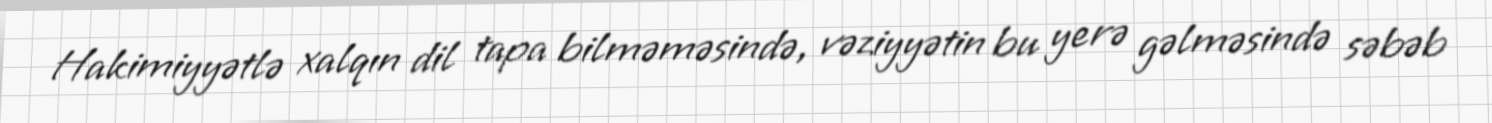
Hakimiyyətlə xalqın dil tapa bilməməsində, vəziyyətin bu yerə gəlməsində səbəb